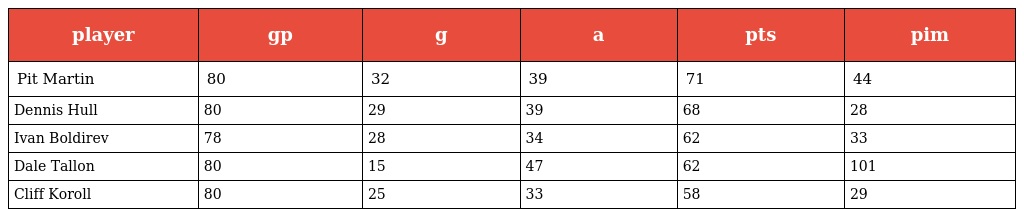
| player | gp | g | a | pts | pim |
 | --- | --- | --- | --- | --- | --- |
 | Pit Martin | 80 | 32 | 39 | 71 | 44 |
 | Dennis Hull | 80 | 29 | 39 | 68 | 28 |
 | Ivan Boldirev | 78 | 28 | 34 | 62 | 33 |
 | Dale Tallon | 80 | 15 | 47 | 62 | 101 |
 | Cliff Koroll | 80 | 25 | 33 | 58 | 29 |